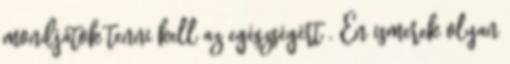
mondjátok tenni kell az egészségért . Én ismerek olyan